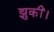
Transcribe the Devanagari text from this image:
झुकीं।